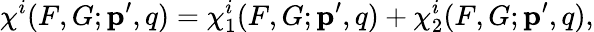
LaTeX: \chi^{i}(F,G;{\mathbf p^{\prime},q})=\chi_{1}^{i}(F,G;{\mathbf p^{\prime},q})+\chi_{2}^{i}(F,G;{\mathbf p^{\prime},q}),